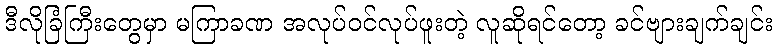
ဒီလိုခြံကြီးတွေမှာ မကြာခဏ အလုပ်ဝင်လုပ်ဖူးတဲ့ လူဆိုရင်တော့ ခင်ဗျားချက်ချင်း